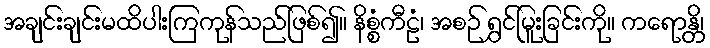
အချင်းချင်းမထိပါးကြကုန်သည်ဖြစ်၍။ နိစ္စံကီဠံ၊ အစဉ် ရွှင်မြူးခြင်းကို။ ကရောန္တိ၊